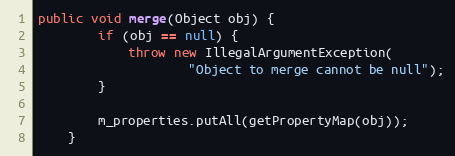
Language: Java
public void merge(Object obj) {
        if (obj == null) {
            throw new IllegalArgumentException(
                    "Object to merge cannot be null");
        }

        m_properties.putAll(getPropertyMap(obj));
    }